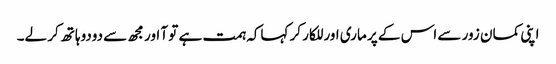
اپنی کمان زور سے اس کے پر ماری اور للکار کر کہاکہ ہمت ہے تو آ اور مجھ سے دودوہاتھ کر لے۔